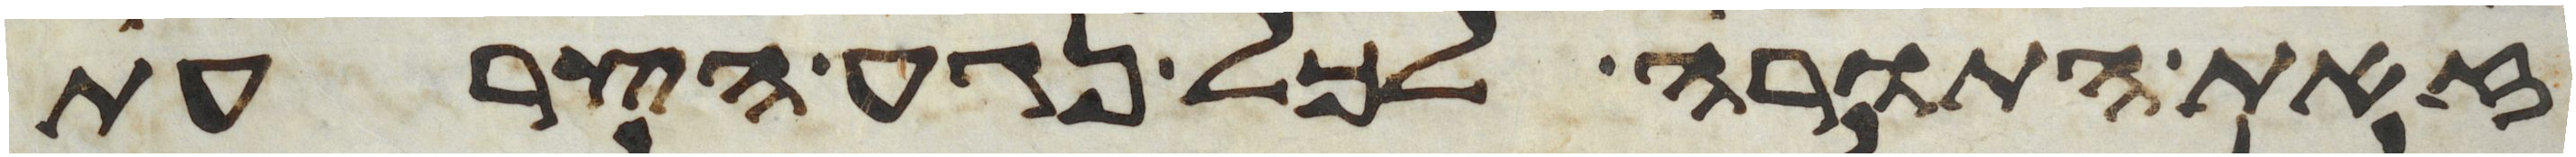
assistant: זאת התורה לכל נגע הצרעת